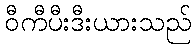
ဝီကီပီးဒီးယားသည်